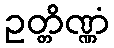
ဥတ္တိဏ္ဏံ